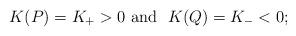
LaTeX: \begin{align*} K(P) = K_+>0\mbox{ and }\ K(Q) = K_-<0;\end{align*}